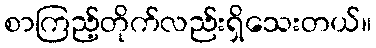
စာကြည့်တိုက်လည်းရှိသေးတယ်။